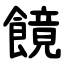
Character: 䭗